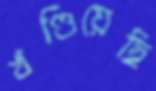
খণ্ডিয়েছি